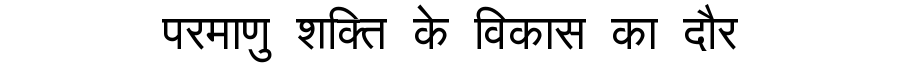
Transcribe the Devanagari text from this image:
परमाणु शक्ति के विकास का दौर